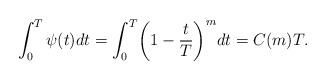
\begin{align*}\int_0^T\psi(t)dt=\int_0^T\biggl(1-\frac{t}{T}\biggr)^mdt=C(m)T.\end{align*}